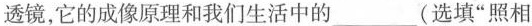
透镜，它的成像原理和我们生活中的___(选填”照相